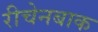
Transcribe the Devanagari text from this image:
रीचेनबाक